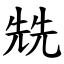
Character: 兟